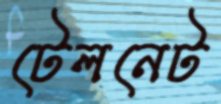
টেলনেট